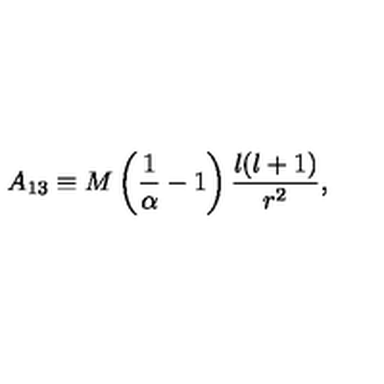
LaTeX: A _ { 1 3 } \equiv M \left( { \frac { 1 } { \alpha } } - 1 \right) { \frac { l ( l + 1 ) } { r ^ { 2 } } } ,